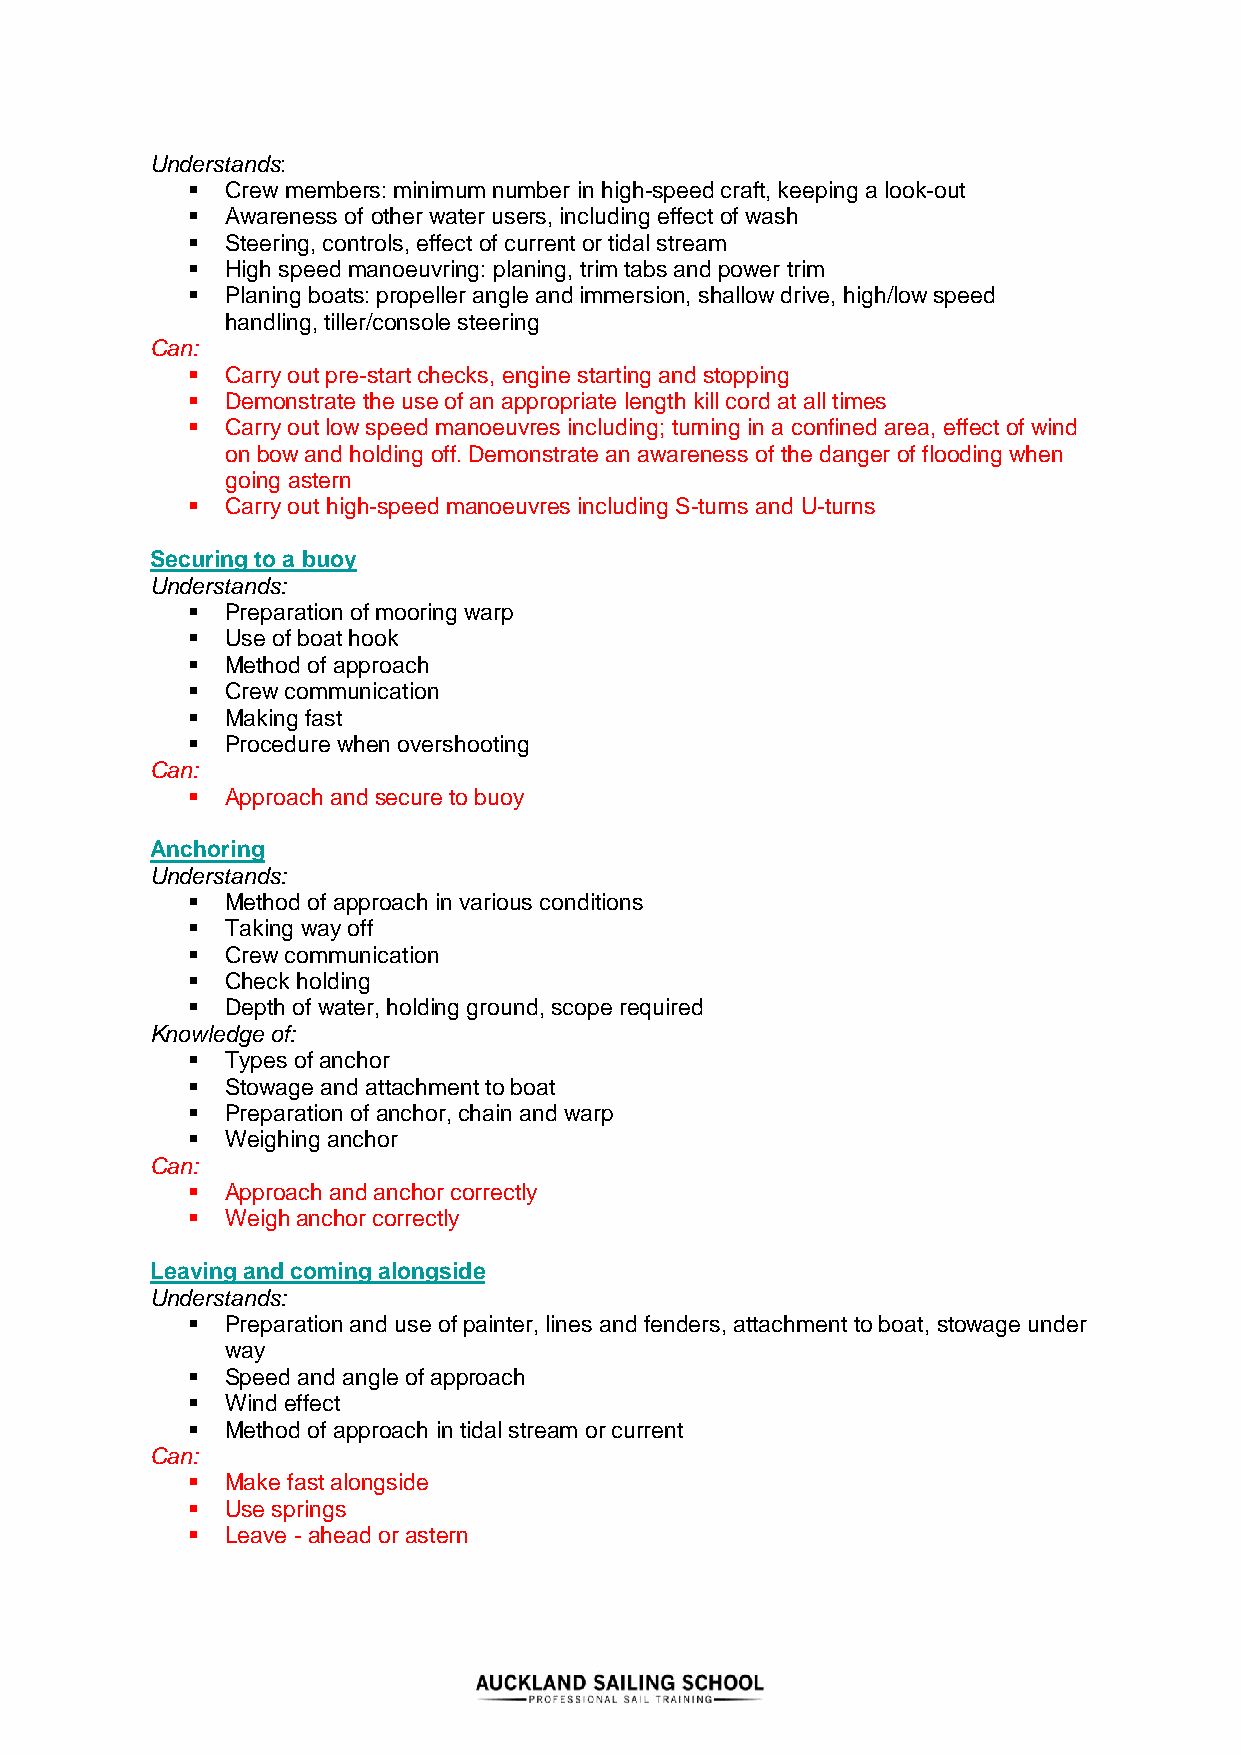
Understands:
 ▪  Crew members: minimum number in high-speed craft, keeping a look-out
 ▪  Awareness of other water users, including effect of wash
 ▪  Steering, controls, effect of current or tidal stream
 ▪  High speed manoeuvring: planing, trim tabs and power trim
 ▪  Planing boats: propeller angle and immersion, shallow drive, high/low speed
 handling, tiller/console steering
 Can:
 ▪  Carry out pre-start checks, engine starting and stopping
 ▪  Demonstrate the use of an appropriate length kill cord at all times
 ▪  Carry out low speed manoeuvres including; turning in a confined area, effect of wind
 on bow and holding off. Demonstrate an awareness of the danger of flooding when
 going astern
 ▪  Carry out high-speed manoeuvres including S-turns and U-turns
 Securing to a buoy
 Understands:
 ▪  Preparation of mooring warp
 ▪  Use of boat hook
 ▪  Method of approach
 ▪  Crew communication
 ▪  Making fast
 ▪  Procedure when overshooting
 Can:
 ▪  Approach and secure to buoy
 Anchoring
 Understands:
 ▪  Method of approach in various conditions
 ▪  Taking way off
 ▪  Crew communication
 ▪  Check holding
 ▪  Depth of water, holding ground, scope required
 Knowledge of:
 ▪  Types of anchor
 ▪  Stowage and attachment to boat
 ▪  Preparation of anchor, chain and warp
 ▪  Weighing anchor
 Can:
 ▪  Approach and anchor correctly
 ▪  Weigh anchor correctly
 Leaving and coming alongside
 Understands:
 ▪  Preparation and use of painter, lines and fenders, attachment to boat, stowage under
 way
 ▪  Speed and angle of approach
 ▪  Wind effect
 ▪  Method of approach in tidal stream or current
 Can:
 ▪  Make fast alongside
 ▪  Use springs
 ▪  Leave - ahead or astern